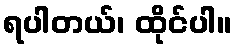
ရပါတယ်၊ ထိုင်ပါ။